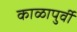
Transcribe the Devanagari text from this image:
काळापुर्वी